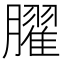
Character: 𦡱